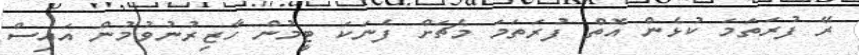
ރޭ ފުރަތަމަ ކުޅެން އޮތް ފުރަތަމަ މެޗަށް ފެނަކަ ޓީމުން ހާޒިރުނުވުމުން އައިސް